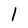
Character: 1